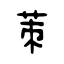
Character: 茦